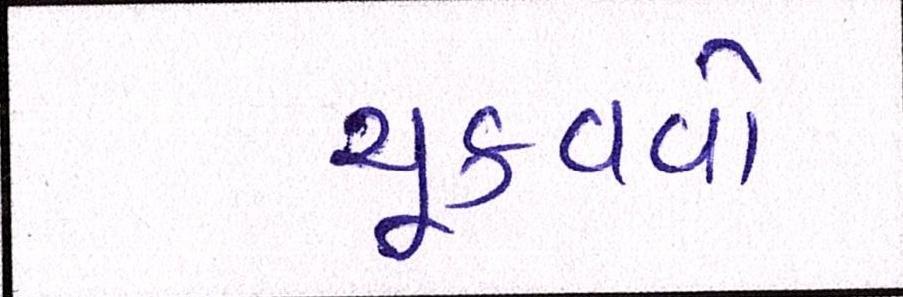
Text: ચૂકવવો